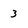
Character: 3